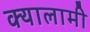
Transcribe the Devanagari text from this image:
क्यालामी